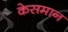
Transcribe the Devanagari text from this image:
केसमान